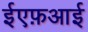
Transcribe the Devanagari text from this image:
ईएफ़आई